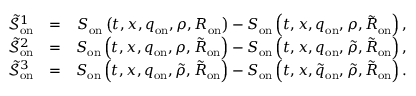
\begin{array} { r l r } { \tilde { \mathcal { S } } _ { \mathrm { o n } } ^ { 1 } } & { = } & { S _ { \mathrm { o n } } \left( t , x , q _ { \mathrm { o n } } , \rho , R _ { \mathrm { o n } } \right) - S _ { \mathrm { o n } } \left( t , x , q _ { \mathrm { o n } } , \rho , \tilde { R } _ { \mathrm { o n } } \right) , } \\ { \tilde { \mathcal { S } } _ { \mathrm { o n } } ^ { 2 } } & { = } & { S _ { \mathrm { o n } } \left( t , x , q _ { \mathrm { o n } } , \rho , \tilde { R } _ { \mathrm { o n } } \right) - S _ { \mathrm { o n } } \left( t , x , q _ { \mathrm { o n } } , \tilde { \rho } , \tilde { R } _ { \mathrm { o n } } \right) , } \\ { \tilde { \mathcal { S } } _ { \mathrm { o n } } ^ { 3 } } & { = } & { S _ { \mathrm { o n } } \left( t , x , q _ { \mathrm { o n } } , \tilde { \rho } , \tilde { R } _ { \mathrm { o n } } \right) - S _ { \mathrm { o n } } \left( t , x , \tilde { q } _ { \mathrm { o n } } , \tilde { \rho } , \tilde { R } _ { \mathrm { o n } } \right) . } \end{array}